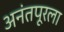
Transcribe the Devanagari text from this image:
अनंतपूरला